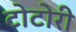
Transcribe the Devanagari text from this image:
टोटोरी